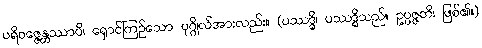
ပရိဝဇ္ဇေန္တဿာပိ၊ ရှောင်ကြဉ်သော ပုဂ္ဂိုလ်အားလည်း။ (ပဿဒ္ဓိ၊ ပဿဒ္ဓိသည်။ ဥပ္ပဇ္ဇတိ၊ ဖြစ်၏။)